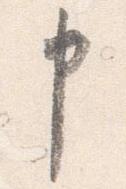
申